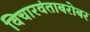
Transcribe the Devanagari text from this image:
विचारवंताबरोबर